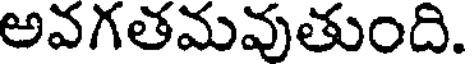
అవగతమవుతుంది.